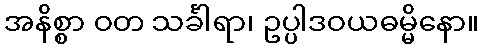
အနိစ္စာ ဝတ သင်္ခါရာ၊ ဥပ္ပါဒဝယဓမ္မိနော။